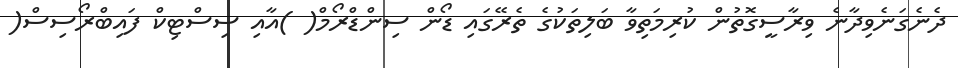
ދެނެގަނެވިދާނެ ވިރާސީގޮތުން ކުރިމަތިވާ ބަލިތަކުގެ ތެރޭގައި ޑޯން ސިންޑްރޯމް( )އާއި ސިސްޓިކް ފައިބްރޯސިސް(